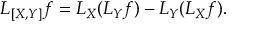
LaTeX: L _ { [ X , Y ] } f = L _ { X } ( L _ { Y } f ) - L _ { Y } ( L _ { X } f ) .